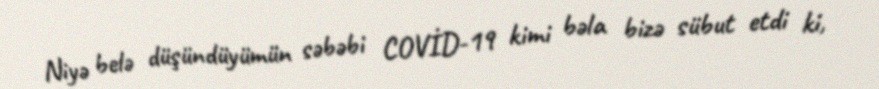
Niyə belə düşündüyümün səbəbi COVİD-19 kimi bəla bizə sübut etdi ki,